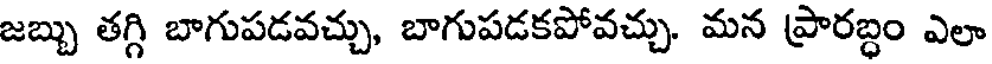
జబ్బు తగ్గి బాగుపడవచ్చు, బాగుపడకపోవచ్చు. మన ప్రారబ్ధం ఎలా